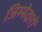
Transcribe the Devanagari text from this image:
जिम्मेदारों